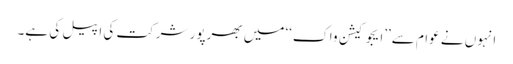
انہوں نے عوام سے’’ایجوکیشن واک‘‘ میں بھرپور شرکت کی اپیل کی ہے۔